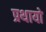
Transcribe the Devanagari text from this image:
प्रथायो